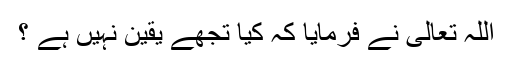
اللہ تعالیٰ نے فرمایا کہ کیا تجھے یقین نہیں ہے ؟